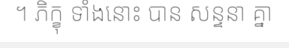
។ ភិក្ខុ ទាំងនោះ បាន សន្ទនា គ្នា